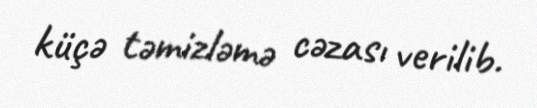
küçə təmizləmə cəzası verilib.